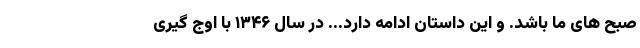
صبح های ما باشد. و این داستان ادامه دارد... در سال ۱۳۴۶ با اوج گیری